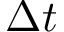
\Delta t